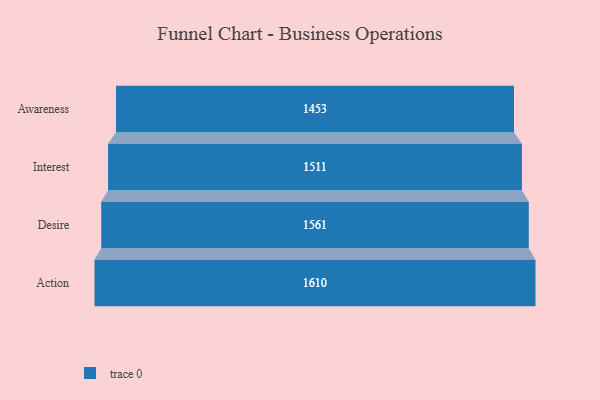
{"axis": {"x": "Stage", "y": "Value"}, "legend": [""], "data": [{"x": "Awareness", "y": 1453.0, "type": ""}, {"x": "Interest", "y": 1511.0, "type": ""}, {"x": "Desire", "y": 1561.0, "type": ""}, {"x": "Action", "y": 1610.0, "type": ""}]}